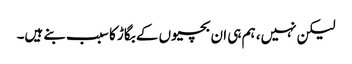
لیکن نہیں، ہم ہی ان بچیوں کے بگاڑ کا سبب بنے ہیں۔